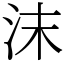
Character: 沫